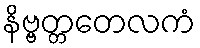
နိဗ္ဗတ္တတေလကံ